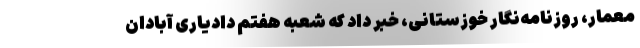
معمار، روزنامه‌نگار خوزستانی، خبر داد که شعبه هفتم دادیاری آبادان